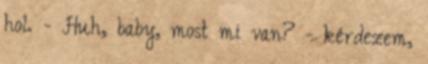
hol. - Huh, baby, most mi van? - kérdezem,